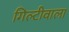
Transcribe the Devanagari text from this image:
गिल्टीवाला